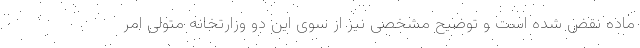
ماده نقض شده است و توضیح مشخصی نیز از سوی این دو وزارتخانه متولی امر